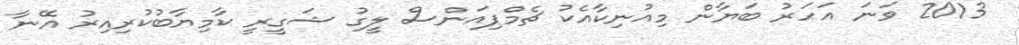
2013 ވަނަ އަހަރު ބަޔާން މިއުނިކާއެކު ޗެމްޕިއަންސް ލީގު ޝަގީރީ ކާމިޔާބުކުރިއިރު އޭނާ